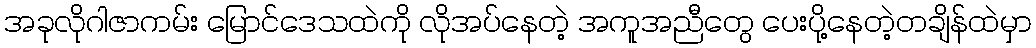
အခုလိုဂါဇာကမ်း မြောင်ဒေသထဲကို လိုအပ်နေတဲ့ အကူအညီတွေ ပေးပို့နေတဲ့တချိန်ထဲမှာ